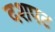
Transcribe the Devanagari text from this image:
दशपट